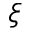
\boldsymbol { \xi }